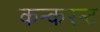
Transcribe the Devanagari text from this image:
कन्करन्ट